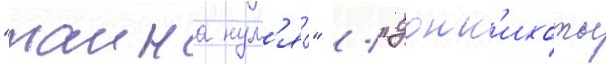
"таина нул'я́" / "донк'ихоты